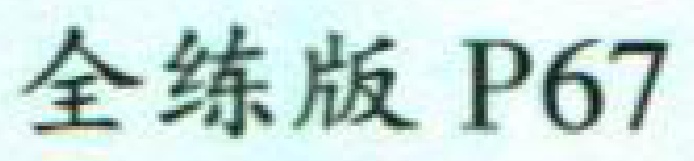
全练版 P67